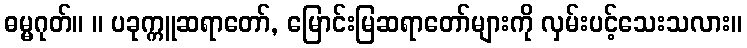
ဓမ္မဂုတ်။ ။ ပခုက္ကူဆရာတော်, မြောင်းမြဆရာတော်များကို လှမ်းပင့်သေးသလား။